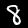
Label: 8